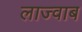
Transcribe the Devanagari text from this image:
लाज्वाब